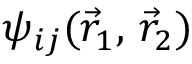
\psi _ { i j } ( { \vec { r } } _ { 1 } , \, { \vec { r } } _ { 2 } )